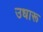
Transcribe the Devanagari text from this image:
उधारू